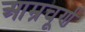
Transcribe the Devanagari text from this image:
आम्रचूर्ण